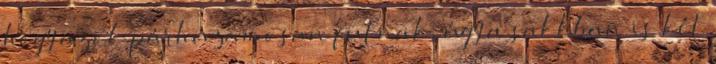
hogy azok párhuzamosan futnak, úgy a sakkban is két